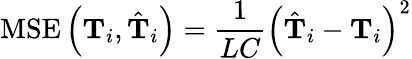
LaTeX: \operatorname{MSE}\left(\mathbf{T}_{i},\hat{\mathbf{T}}_{i}\right)=\frac{1}{LC}\left(\hat{\mathbf{T}}_{i}-\mathbf{T}_{i}\right)^{2}